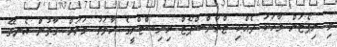
މި ރިޕޯޓަށް ވާހަކަ ދެއްކި ޓްރާންސްޕޯޓް މިނިސްޓްރީގެ ހާލަތު ވަރަށް ގާތުން އެނގޭ